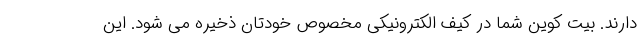
دارند. بیت کوین شما در کیف الکترونیکی مخصوص خودتان ذخیره می شود. این